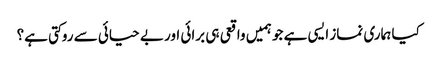
کیا ہماری نماز ایسی ہے جو ہمیں واقعی ہی برائی اور بے حیائی سے روکتی ہے؟